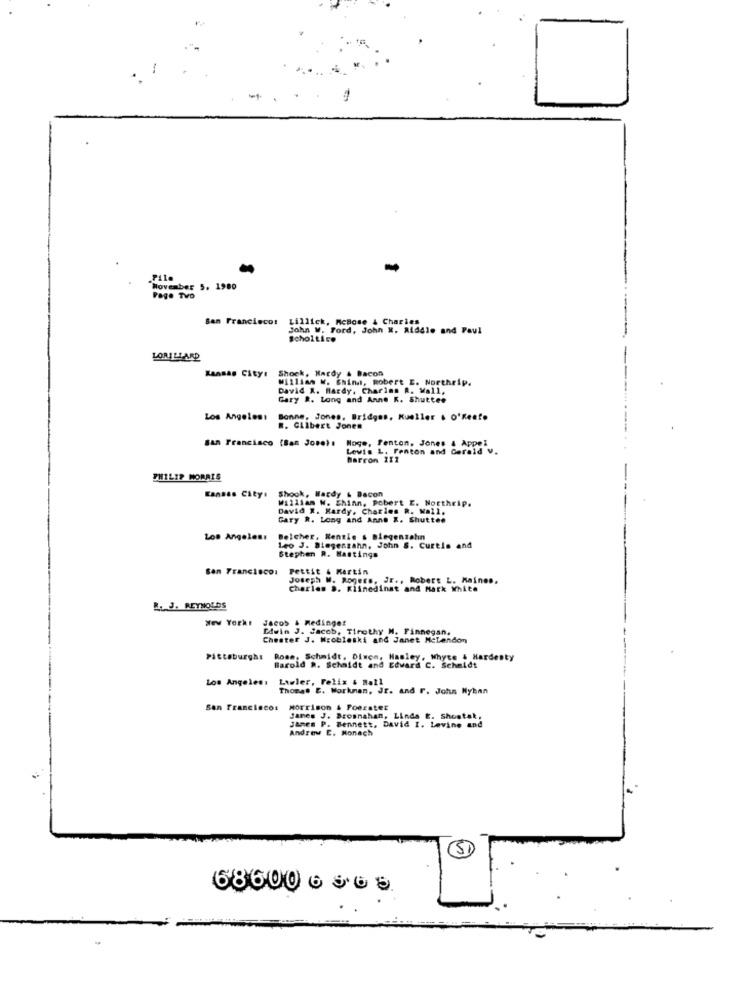
File
"Movember 5. 1980
Page TVD
San Francisco: Lillick, MeBose & Charies
John W. Ford, John N. Riddle and Paul
Scholtico
LORILLARD
Kansas City:
Kansas City: Shock, Macdy & Bacon
William W. China, Robert E. Northrip.
David X. Hardy, Charins A. Mall,
Gary #. Long and Anne K. Shutter
Los Angeles:
Bonne, Jones, Bridges, Kueller & O'Reato
R. Gilbert Jones
San Francisco (San Jose) : Moge, Fenton. Jones & Appel
Lewis L. Fenton and Gerald V.
Barron X11
PHILIP MORRIS
Kansas City:
Kansas City: Shook, Hardy & Bacon
William W. Shinn, Pobert E. Northrip.
David #. Hardy, Charles R. Wall.
Gary R. Long and Anne X. Shuttee
Los Angeles:
Belcher, Kenzie s Biegenzahn
Leo J. Biegenzahn, John S. Curtis and
Stephen R. Hastings
San Francisco:
PELEit & Martin
Joseph W. Rogers, Jr ., Robert L. Mainos.
Charles ». Klinedinst and Matk White
B. J. REYNOLDS
New York: Jacos & Medinget
Diwin J. Jacob, Timothy M. Finnegan,
Chester J. Wrobleski and Janet Mclendon
Pittsburgh: Rose, Schmidt, Dixon, Hanley, Whyte & Hardesty
Barold R. Schaidt and Edward C. Schmidt
Los Angeles:
Lawler, Felix & Hall
Thomas E. Worknan, Jr. and r. John Nyhan
San Franciscos
Morrison & Foerster
James J. Brosnahan, Linda E. Shostak,
James P. Bennett, David I. Levine and
Andrew E. Nonach
68600 6 68